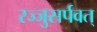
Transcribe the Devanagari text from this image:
रज्जुसर्पवत्‌